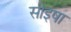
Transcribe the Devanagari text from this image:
साइषा